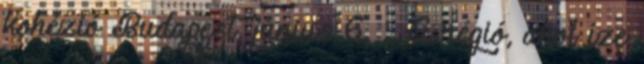
kohézió Budapest, június 6. „ A régió, ahol íze